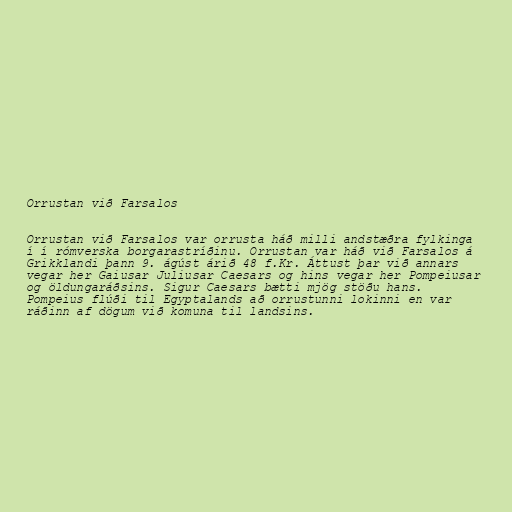
Orrustan við Farsalos

Orrustan við Farsalos var orrusta háð milli andstæðra fylkinga
í í rómverska borgarastríðinu. Orrustan var háð við Farsalos á
Grikklandi þann 9. ágúst árið 48 f.Kr. Áttust þar við annars
vegar her Gaiusar Juliusar Caesars og hins vegar her Pompeiusar
og öldungaráðsins. Sigur Caesars bætti mjög stöðu hans.
Pompeius flúði til Egyptalands að orrustunni lokinni en var
ráðinn af dögum við komuna til landsins.